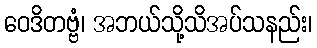
ဝေဒိတဗ္ဗံ၊ အဘယ်သို့သိအပ်သနည်း၊